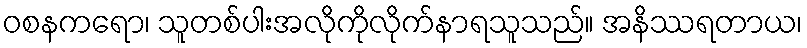
ဝစနကရော၊ သူတစ်ပါးအလိုကိုလိုက်နာရသူသည်။ အနိဿရတာယ၊